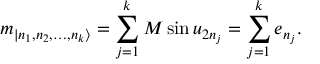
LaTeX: m _ { | n _ { 1 } , n _ { 2 } , \dots , n _ { k } \rangle } = \sum _ { j = 1 } ^ { k } M \sin u _ { 2 n _ { j } } = \sum _ { j = 1 } ^ { k } e _ { n _ { j } } .